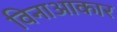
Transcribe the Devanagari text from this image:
विनाआकार